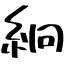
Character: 絅